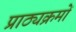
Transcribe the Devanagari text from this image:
प्राठ्यक्रमों